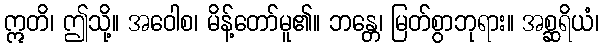
ဣတိ၊ ဤသို့။ အဝေါစ၊ မိန့်တော်မူ၏။ ဘန္တေ၊ မြတ်စွာဘုရား။ အစ္ဆရိယံ၊